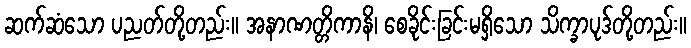
ဆက်ဆံသော ပညတ်တို့တည်း။ အနာဏတ္တိကာနိ၊ စေခိုင်းခြင်းမရှိသော သိက္ခာပုဒ်တို့တည်း။